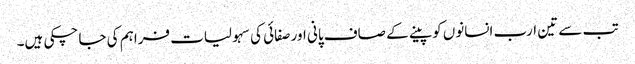
تب سے تین ارب انسانوں کو پینے کے صاف پانی اور صفائی کی سہولیات فراہم کی جا چکی ہیں۔